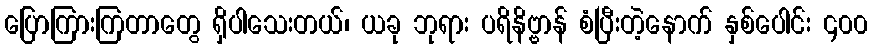
ပြောကြားကြတာတွေ ရှိပါသေးတယ်၊ ယခု ဘုရား ပရိနိဗ္ဗာန် စံပြီးတဲ့နောက် နှစ်ပေါင်း ၄၀၀